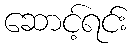
ဆောင့်ရင်း